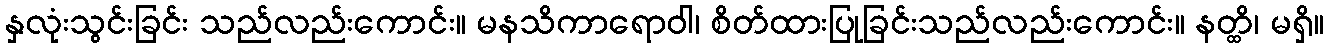
နှလုံးသွင်းခြင်း သည်လည်းကောင်း။ မနသိကာရောဝါ၊ စိတ်ထားပြုခြင်းသည်လည်းကောင်း။ နတ္ထိ၊ မရှိ။